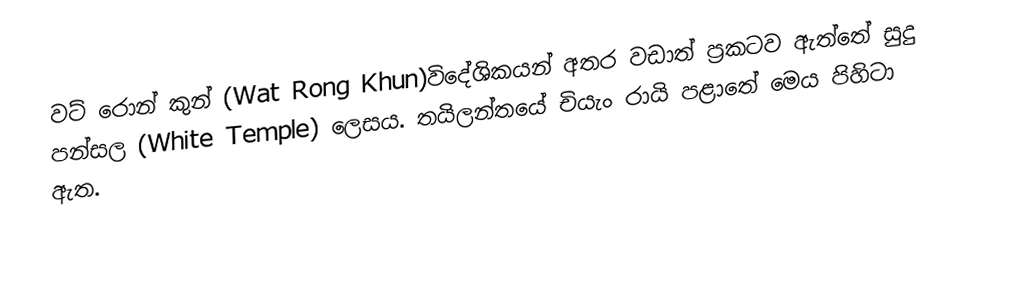
වට් රොන් කුන් (Wat Rong Khun)විදේශිකයන් අතර වඩාත් ප්‍රකටව ඇත්තේ සුදු පන්සල (White Temple) ලෙසය. තයිලන්තයේ චියැං රායි පළාතේ මෙය පිහිටා ඇත.